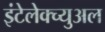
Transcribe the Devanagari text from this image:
इंटेलेक्च्युअल